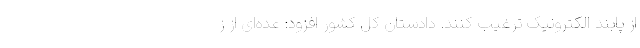
از پابند الکترونیک ترغیب کنند. دادستان کل کشور افزود: عده‌ای از ز